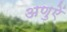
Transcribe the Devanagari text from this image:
अणुऐं